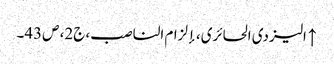
↑ الیزدی الحائری، إلزام الناصب، ج‌2، ص43۔